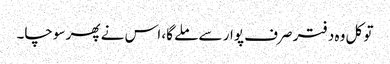
تو کل وہ دفتر صرف پوار سے ملے گا، اس نے پھر سوچا۔